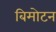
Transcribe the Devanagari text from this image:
बिमोटन